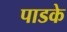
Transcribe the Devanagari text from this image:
पाडके